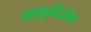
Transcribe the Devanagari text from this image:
आयुर्वेदांक